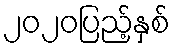
၂၀၂၀ပြည့်နှစ်